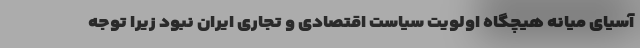
آسیای میانه هیچگاه اولویت سیاست اقتصادی و تجاری ایران نبود زیرا توجه